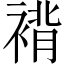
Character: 褙